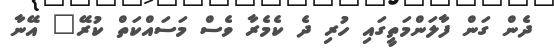
ދެން ގަން ފާލަންމަތީގައި ހުރި ދެ ކެމެރާ ވެސް މަސައްކަތް ކުރޭ" އޭނާ